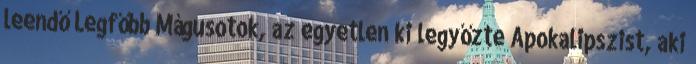
leendő Legfőbb Mágusotok, az egyetlen ki legyőzte Apokalipszist, aki